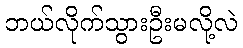
ဘယ်လိုက်သွားဦးမလို့လဲ